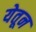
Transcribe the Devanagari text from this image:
येतून